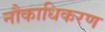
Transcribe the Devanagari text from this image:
नौकाधिकरण